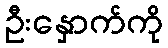
ဦးနှောက်ကို